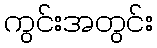
ကွင်းအတွင်း